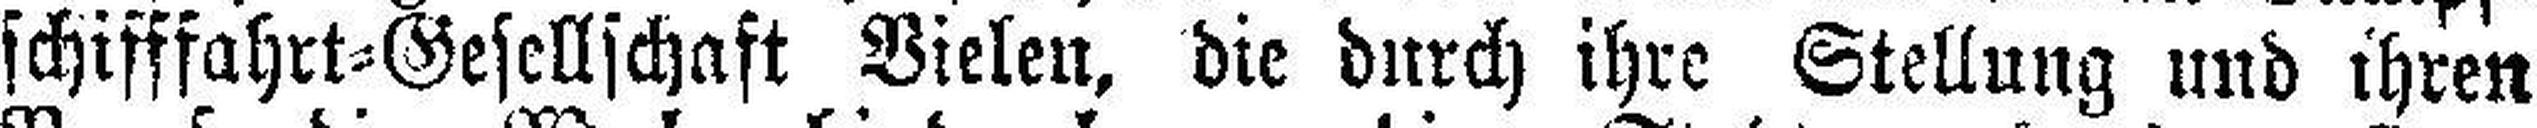
schifffahrt=Gesellschaft Vielen, die durch ihre Stellung und ihren